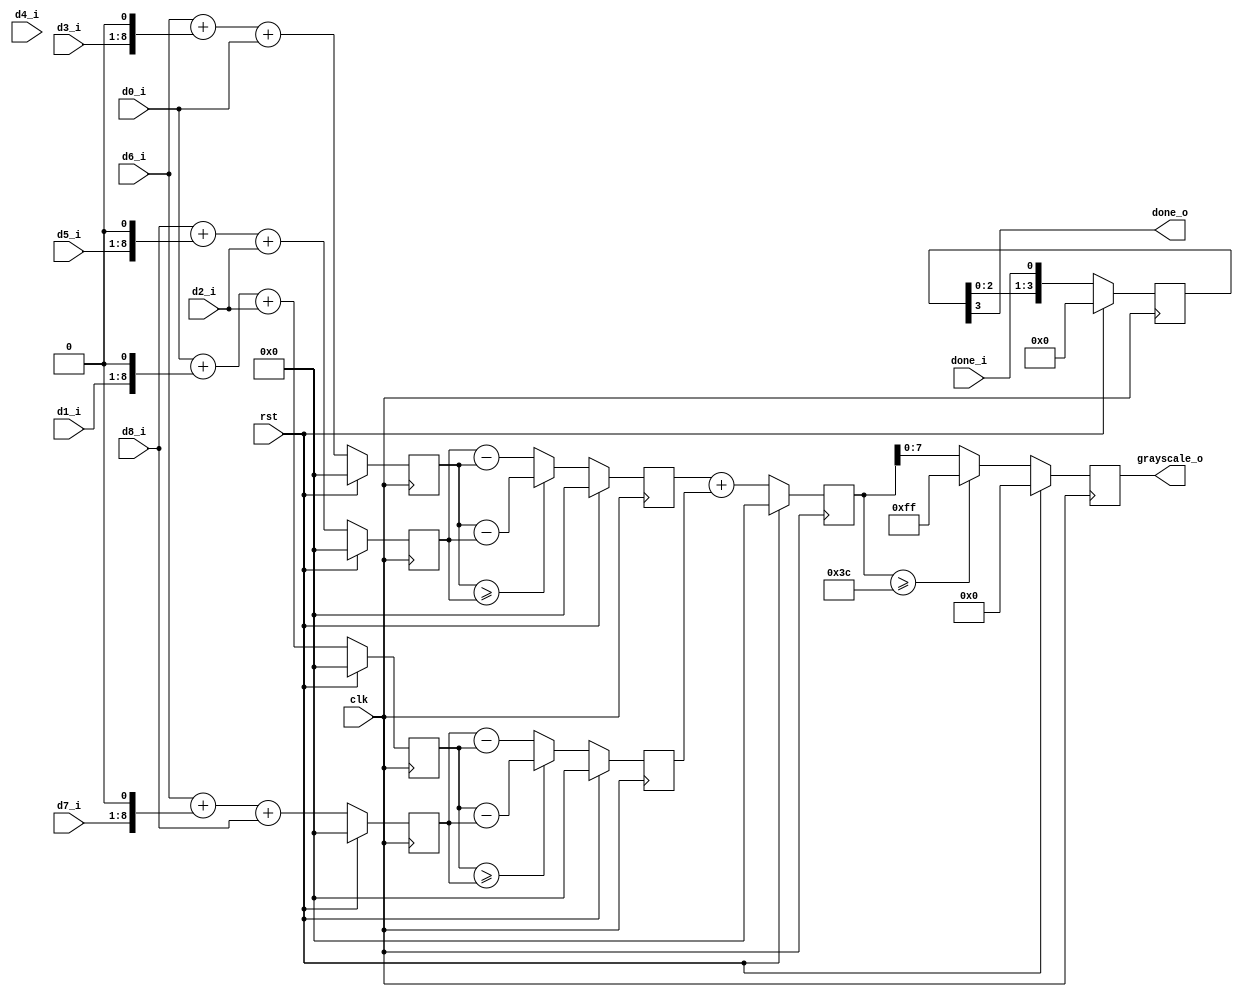
module sobel_calc(
    input clk,
    input rst,

    input [7:0] d0_i,
    input [7:0] d1_i,
    input [7:0] d2_i,
    input [7:0] d3_i,
    input [7:0] d4_i,
    input [7:0] d5_i,
    input [7:0] d6_i,
    input [7:0] d7_i,
    input [7:0] d8_i,

    input done_i,

    output reg [7:0] grayscale_o,
    output done_o
);

reg [9:0] gx_p; // x positive value;
reg [9:0] gx_n; // x negative value;
reg [9:0] gx_d; // x data;

reg [9:0] gy_p; // y positive value;
reg [9:0] gy_n; // y negative value;
reg [9:0] gy_d; // y data;

// Why is it 10 bit?
// 0xff + 0xff + 0xff + 0xff = 0xff * 4;
// the 8 bit data need to left shift 2 bit, so it is 10 bit;

reg [9:0] g_sum; // gsum = |gx_d| + |gx_d|;

reg [3:0] done_shift;

always @(posedge clk) begin
    if (rst) begin
        gx_p <= 0;      // x positive value;
        gx_n <= 0;      // x negative value;
    end else begin
        gx_p <= d6_i + (d3_i << 1) + d0_i;      // x positive value;
        gx_n <= d8_i + (d5_i << 1) + d2_i;      // x negative value;
    end
end

always @(posedge clk) begin
    if (rst) begin
        gy_p <= 0;      // y positive value;
        gy_n <= 0;      // y negative value;
    end else begin
        gy_p <= d0_i + (d1_i << 1) + d2_i;      // y positive value;
        gy_n <= d6_i + (d7_i << 1) + d8_i;      // y negative value;
    end
end

always @(posedge clk) begin
    if (rst) begin
        gx_d <= 0;      // x data;
    end else begin
        gx_d <= (gx_p >= gx_n) ? (gx_p - gx_n) : (gx_n - gx_p);     // x data;
    end
end

always @(posedge clk) begin
    if (rst) begin
        gy_d <= 0;      // y data;
    end else begin
        gy_d <= (gy_p >= gy_n) ? (gy_p - gy_n) : (gy_n - gy_p);     // y data;
    end
end

always @(posedge clk) begin
    if (rst) begin
        g_sum <= 0;
    end else begin
        g_sum <= gx_d + gy_d;
    end
end

always @(posedge clk) begin
    if (rst) begin
        grayscale_o <= 0;
    end else begin
        grayscale_o <= (g_sum >= 8'd60) ? 8'd255 : g_sum[7:0];
    end
end

always @(posedge clk) begin
    if (rst) begin
        done_shift <= 0;
    end else begin
        done_shift <= {done_shift[2:0], done_i};
    end
end

assign done_o = done_shift[3];

endmodule